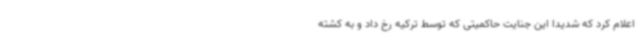
اعلام کرد که شدیداً این جنایت حاکمیتی که توسط ترکیه رخ داد و به کشته